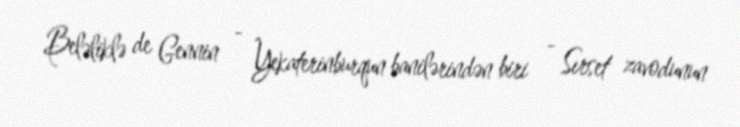
Beləliklə de Gennin - Yekaterinburqun banilərindən biri - Sırset zavodunun